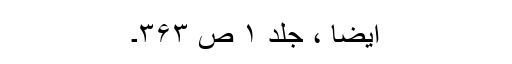
ایضا ، جلد ۱ ص ۳۶۳۔